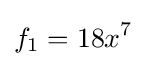
f_{1}=18x^{7}